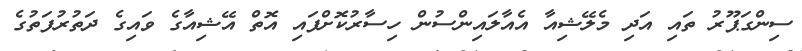
ސިންގަޕޫރު ތައި އަދި މެލޭޝިއާ އެއާލައިންސުން ހިސާރުކޮށްފައި އޮތް އޭޝިއާގެ ވައިގެ ދަތުރުފަތުގެ